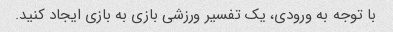
با توجه به ورودی، یک تفسیر ورزشی بازی به بازی ایجاد کنید.